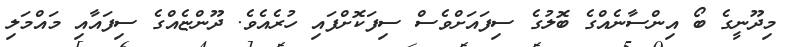
މިދޫނީގެ ބޯ އިންސާނެއްގެ ބޮލުގެ ސިފައަށްވެސް ސިފަކޮށްފައި ހުރެއެވެ. ދޫންޏެއްގެ ސިފައާއި މައްމަލި